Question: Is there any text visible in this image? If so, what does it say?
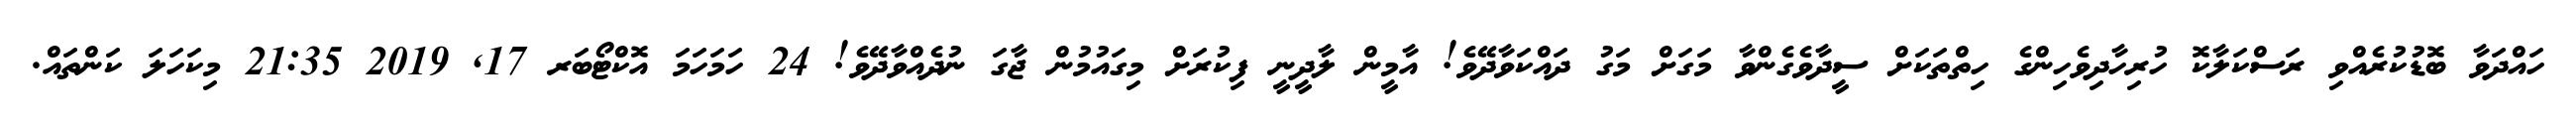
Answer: ހައްދަވާ ބޮޑުކުރެއްވި ރަސްކަލާކޮ ހުރިހާދިވެހިންގެ ހިތްތަކަށް ސީދާވެގެންވާ މަގަށް މަގު ދައްކަވާދޭވެ! އާމީން ލާދީނީ ފިކުރަށް މިގައުމުން ޖާގަ ނުދެއްވާދޭވެ! 24 ހަމަހަމަ އޮކްޓޯބަރ 17, 2019 21:35 މިކަހަލަ ކަންތައް.